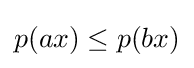
p(ax)\leq p(bx)